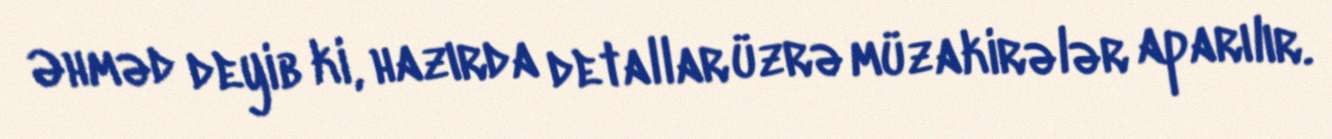
Əhməd deyib ki, hazırda detallar üzrə müzakirələr aparılır.